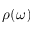
\rho ( \omega )